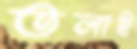
তলাই